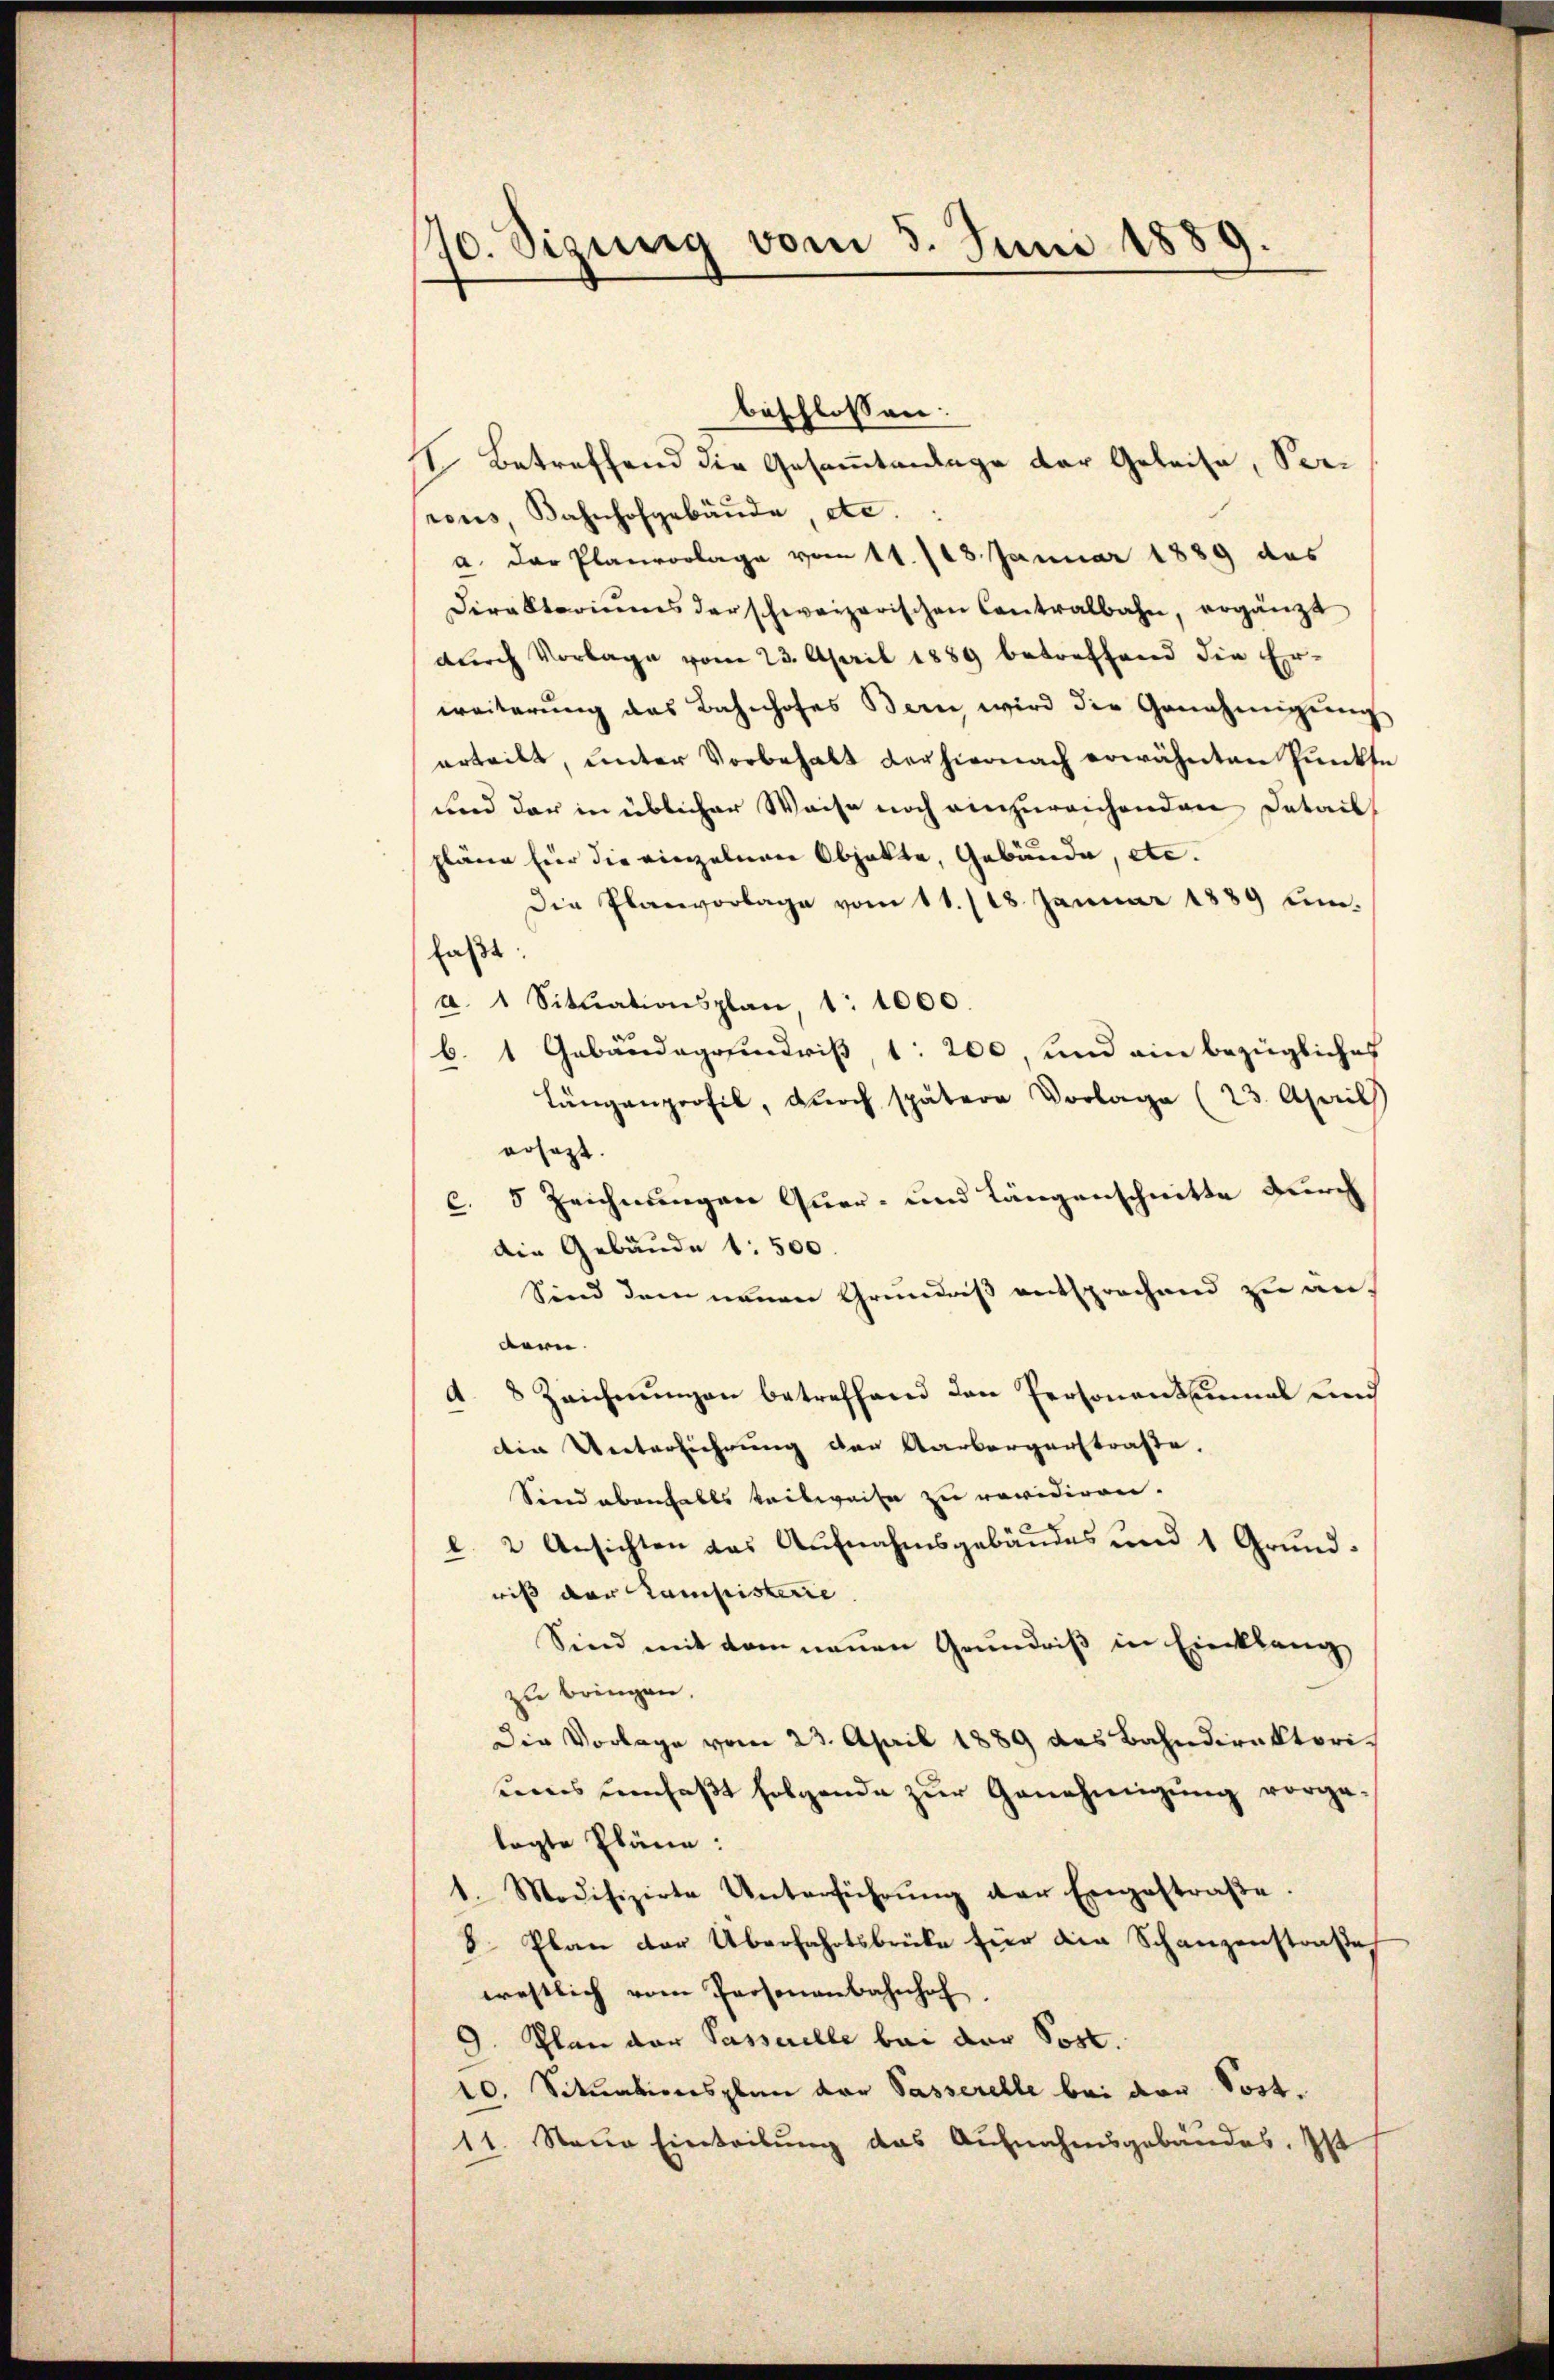
70. Sizung vom 5. Juni 1889.

beschlossen:
I. Betreffend die Gesammtenge der Geleise, Verreus, Bahnhofgebäŭde, etc.
a. der Planvorlage vom 11./18. Januar 1889 des
Dirakteriums der schweizerischen Contralbahn, ergänzt
durch Vorlage vom 23. April 1889 betreffend die Er-
weiterŭng das Bahnhofes Bern wird die Genehmigŭng
erteilt, unter Vorbehalt der hiernach erwähnten Pŭnkte
und der in üblicher Weise noch einzureichenden Detail
pläne für die einzelnen Objekte, Gebäude, etc.
Die Planvorlage vom 11./18. Januar 1889 umfaßt:
a. 1 Sitŭationsplan, 1: 1000.
b. 1 Gebäudegrundris, 1: 200, und ein bezügliches
Längenprofil, durch spätere Vorlage (23. April
ersezt.
c. 5 Zeichnungen Quer- und Längenschnitte durch
die Gebäude 1: 500.
Sind dem neuen Grundniß entsprochend zu an-
dern.
A. 8 Zeichnungen betreffend den Personentenmal und
din Unterführung der Aarbergerstraße.
Sind ebenfalls teilweise zu revidiren.
l. 2 Ansichten das Aufnahmsgebäudes und 1 Grundwiß der Campisterie
Sind mit dem neuen Grundriß in Einklang
zu bringen.
Die Vorlage vom 23. April 1889 das Bahndirektori-
umes umfaßt folgende zur Genehmigung vorge-
lagte Pläne:
1. Modifizirte Unterführŭng der Eingestraβe.
8. Plan der Überfahrtsbrüke hier die Schanzenstraβe,
westlich vom Personenbahnhof
9. Plan der Passarelle bei der Post.
10. Situationsplan der Passerelle bei der Sost¬
11. Neue Einteilung das Aufnahmsgebäudes. Ist